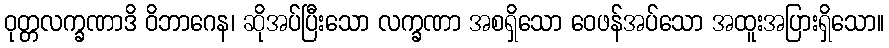
ဝုတ္တလက္ခဏာဒိ ဝိဘာဂေန၊ ဆိုအပ်ပြီးသော လက္ခဏာ အစရှိသော ဝေဖန်အပ်သော အထူးအပြားရှိသော။